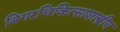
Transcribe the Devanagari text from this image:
बिगरचिकित्साशास्त्रीय